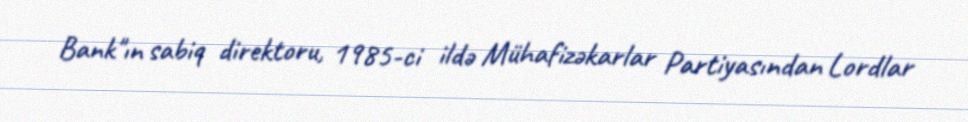
Bank"ın sabiq direktoru, 1985-ci ildə Mühafizəkarlar Partiyasından Lordlar